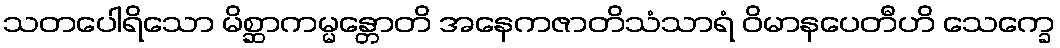
သတပေါရိသော မိစ္ဆာကမ္မန္တောတိ အနေကဇာတိသံသာရံ ဝိမာနပေတီဟိ သေက္ခေ